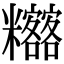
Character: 𥽴